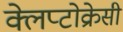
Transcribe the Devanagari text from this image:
क्लेप्टोक्रेसी